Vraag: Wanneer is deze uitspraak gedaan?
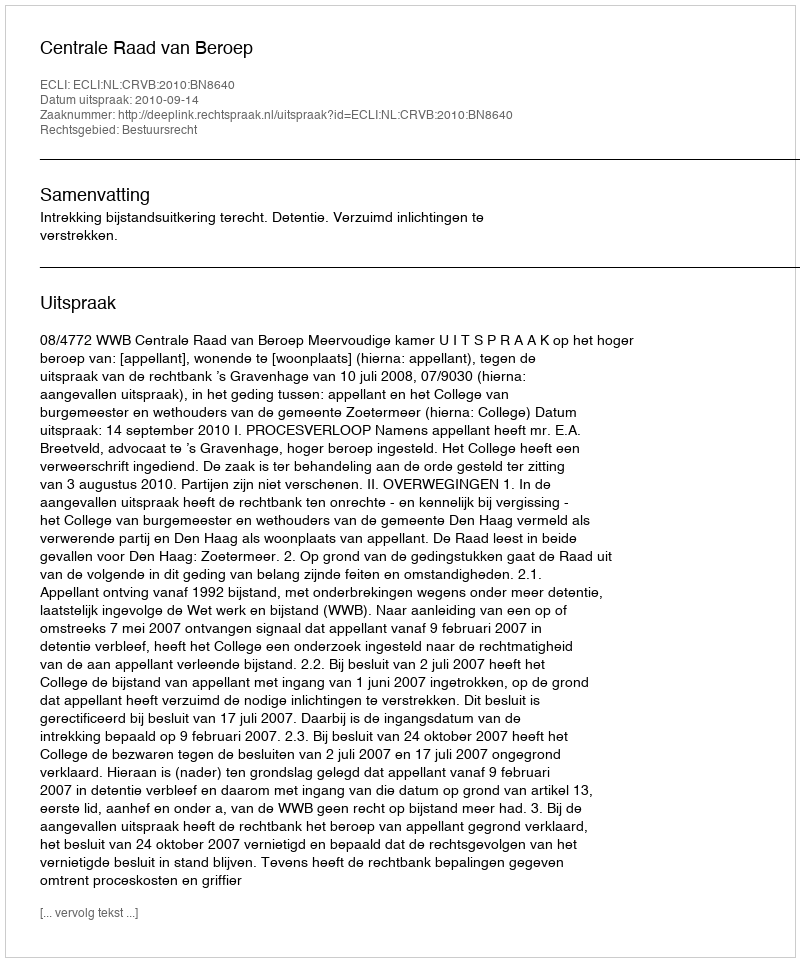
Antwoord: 2010-09-14